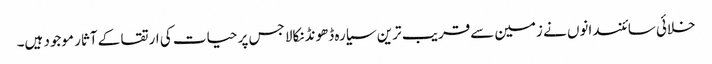
خلائی سائنسدانوں نے زمین سےقریب ترین سیارہ ڈھونڈنکالا جس پر حیات کی ارتقا کے آثار موجود ہیں۔